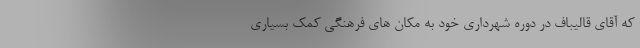
که آقای قالیباف در دوره شهرداری خود به مکان های فرهنگی کمک بسیاری